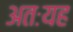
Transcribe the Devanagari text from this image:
अतःयह